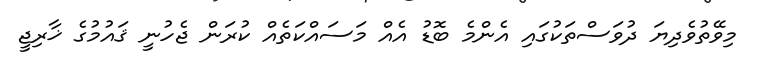
މިވޭތުވެދިޔަ ދުވަސްތަކުގައި އެންމެ ބޮޑު އެއް މަސައްކަތެއް ކުރަން ޖެހުނީ ޤައުމުގެ ޚާރިޖީ